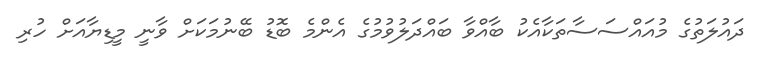
ދައުލަތުގެ މުއައްސަސާތަކާއެކު ބާއްވާ ބައްދަލުވުމުގެ އެންމެ ބޮޑު ބޭނުމަކަށް ވާނީ މީޑިޔާއަށް ހުރި